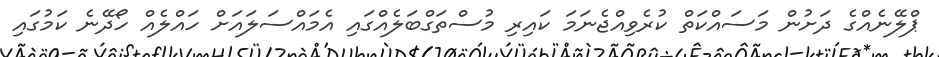
ޕްލޭނެއްގެ ދަށުން މަސައްކަތް ކުރެވިއްޖެނަމަ ކައިރި މުސްތަގްބަލެއްގައި އެމައްސަލައަށް ހައްލެއް ހޯދޭނެ ކަމުގައި